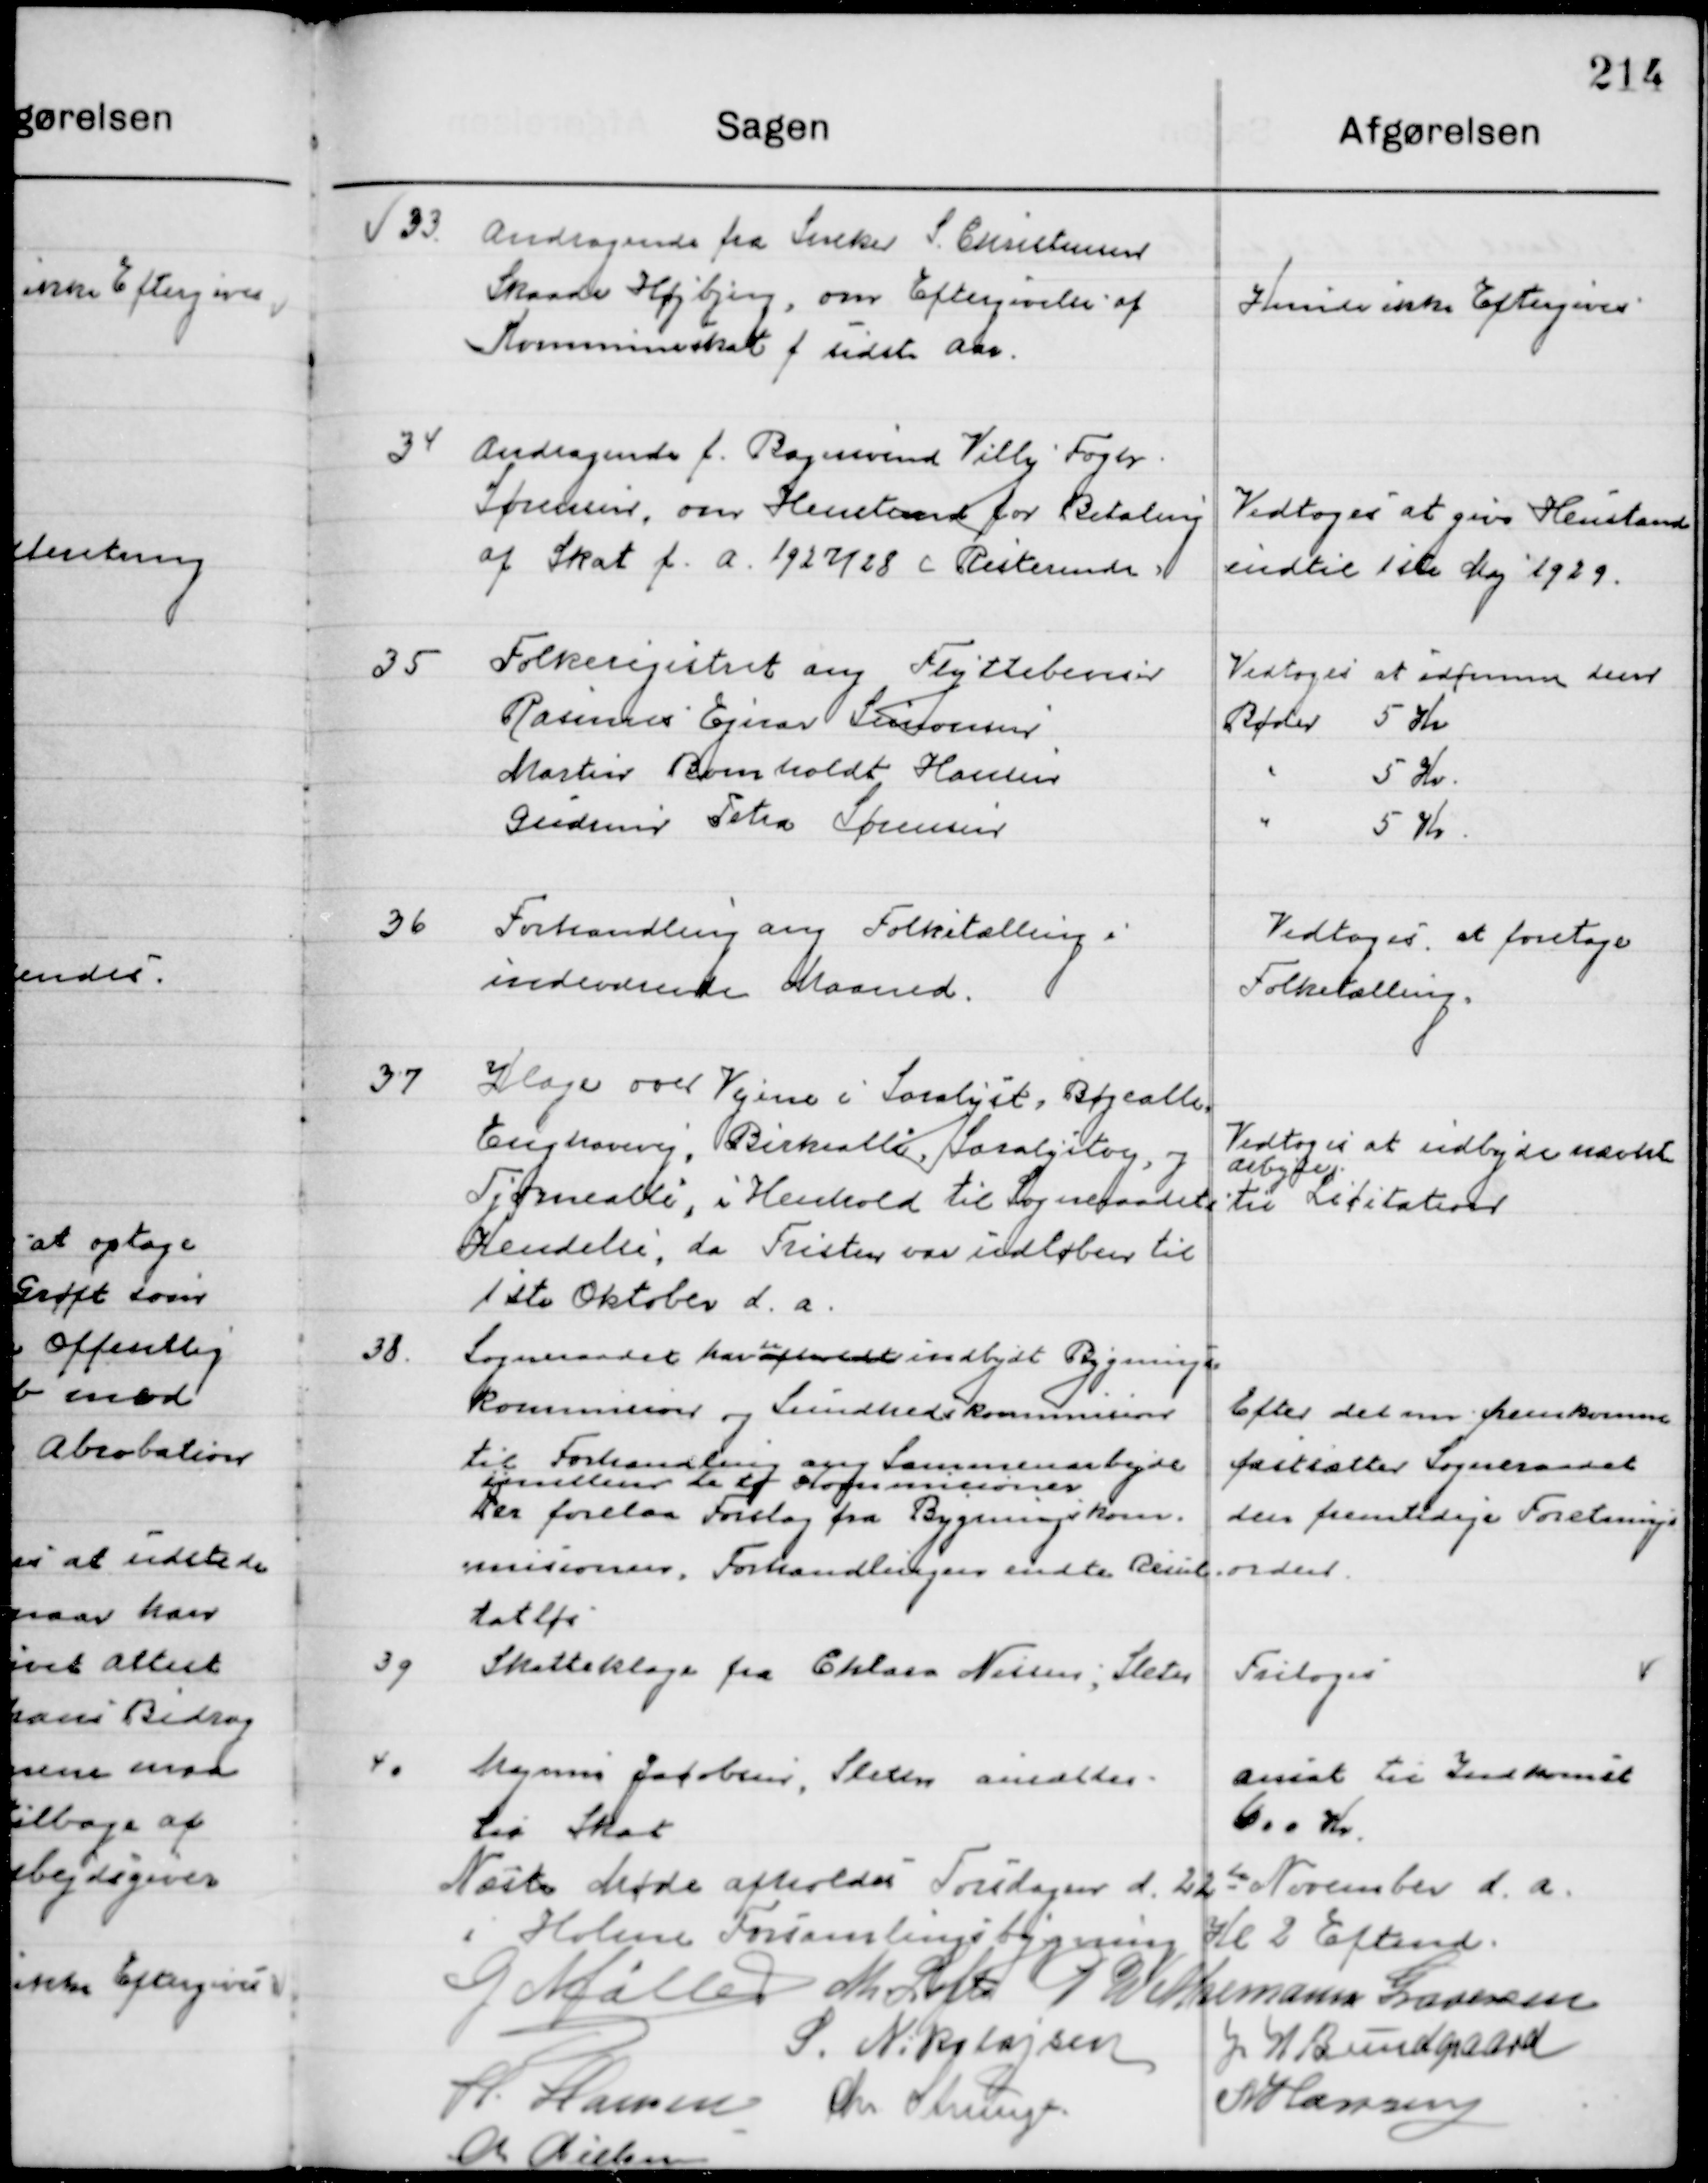
Transskription:
33

Andragende fra Sneker S. Christensen
Skaade Højbjerg, om Eftergivelse af
Kommuneskat f. sidste Aar.

Kunde ikke Eftergives

34

Andragende f. Bagersvend Villy Fogt
Sørensen, om Henstand for Betaling 
af Skat f. a. 1927/28 Resterende

Vedtoges at give Henstand
Indtil 1ste Maj 1929

35

Folkeregisteret ang. Flyttebeviser
Rasmus Ejnar Sørensen
Martin Bomholdt Hansen
Gunner Petra Sørensen

Vedtoges at idømme dem
Bøder
5 Kr.
"
5 Kr.
"
5 Kr.

36

Forhandling ang. Folketælling i
Indeværende Maaned.

Vedtoges at foretage
Folketælling.

37

Klage over Vejene i Saralyst, Bøgeallé,
Enghavevej, Birkeallé, Saralystvej, og
Tjørneallé, i Henhold til Sogneraadets
Kendelse, da Fristen var indløben til
1ste Oktober d. a.

Vedtoges at indbyde nævnt  
Arbejde
til Licitation

38

Sogneraadet havde afholdt indbydt Bygnings 
kommissionen og Lindholdt Kommune
til Forhandling ang. Samarbejdet
Imellen do og 
Der forelaa Forslag fra Bygningskom-
missionen. Forhandlingen endte Resul-
tatløs.

Efter det om fremkomme
Fastsætter Sogneraadet
den fremtidige Forretnings-
orden.

39

Skatteklage fra Chlara Nilsen, Sleth

Fritoges

40

Magnus Jacobsen, Sleter ansattes 
Til Skat

Ansat til Indkomst
600 Kr.

Næste Møde afholdes torsdag d.  22de November d. a. 
i Holme Forsamlingsbygning Kl. 2 Eftermd.

G. Møller
M. Loft
P. Wethemann Graversen
S. N. Nikolajsen
J. W. Bundgaard
H. Hansen
M. Nielsen
Chr. Strunge
N. Hansen